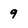
Character: 9